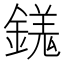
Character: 𨪢